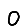
Digit: 0